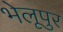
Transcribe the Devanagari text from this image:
भेलूपुर